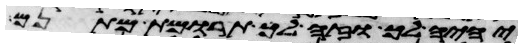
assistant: יהיה לך וזה לך תרומת מתנם